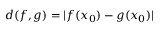
d ( f , g ) = | f ( x _ { 0 } ) - g ( x _ { 0 } ) |